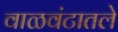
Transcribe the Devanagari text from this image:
वाळवंटातले